Document type: Sale
Year: 1461
Scribe: [Unknown]
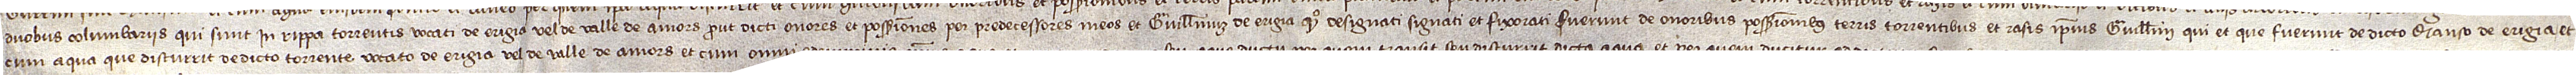
duobus columbariis qui sunt in rippa torrentis vocati de Erigia vel de valle de Amors, prout dicti onores et possessiones per predecessores meos et Guillelmum de Erigia, quondam, designati, signati et fixorati fuerunt de onoribus, possessionibus, terris, torrentibus et rasis ipsius Guillelmi, qui et que fuerunt de dicto manso de Erigia, et